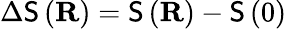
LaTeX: \Delta\mathsf{S}\left(\mathbf{{R}}\right)=\mathsf{S}\left(\mathbf{{R}}\right)-\mathsf{S}\left(0\right)